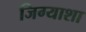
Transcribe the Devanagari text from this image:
जिग्याशा